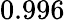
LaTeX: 0.996